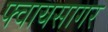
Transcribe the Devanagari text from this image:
फ्वायसागर